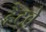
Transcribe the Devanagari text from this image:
हैट्वे